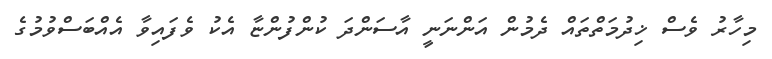
މިހާރު ވެސް ޚިދުމަތްތައް ދެމުން އަންނަނީ އާސަންދަ ކުންފުންޏާ އެކު ވެފައިވާ އެއްބަސްވުމުގެ